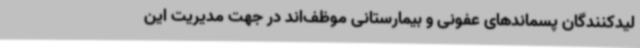
لیدکنندگان پسماندهای عفونی و بیمارستانی موظف‌اند در جهت مدیریت این